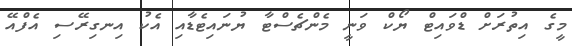
މީގެ އިތުރަށް ޑްވައިޓް ޔޯކް ވަނީ މެންޗެސްޓާ ޔުނައިޓެޑާއި އެކު އިނގިރޭސި އެފްއޭ